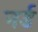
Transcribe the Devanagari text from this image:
नर्ड